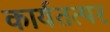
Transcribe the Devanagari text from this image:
कार्यतत्‍पर